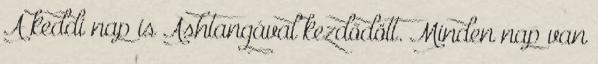
A keddi nap is Ashtangával kezdődött. Minden nap van